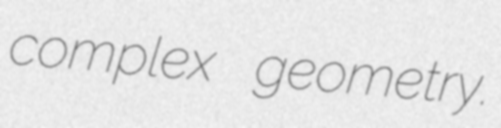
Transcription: complex geometry.